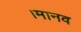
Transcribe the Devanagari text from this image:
।मानव